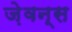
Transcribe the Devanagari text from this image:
ज़ेवन्स